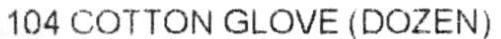
104 COTTON GLOVE (DOZEN)